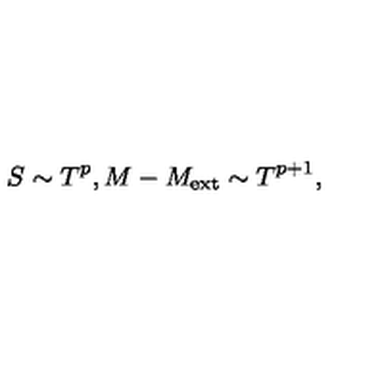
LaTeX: S \sim T ^ { p } , M - M _ { \mathrm { e x t } } \sim T ^ { p + 1 } ,